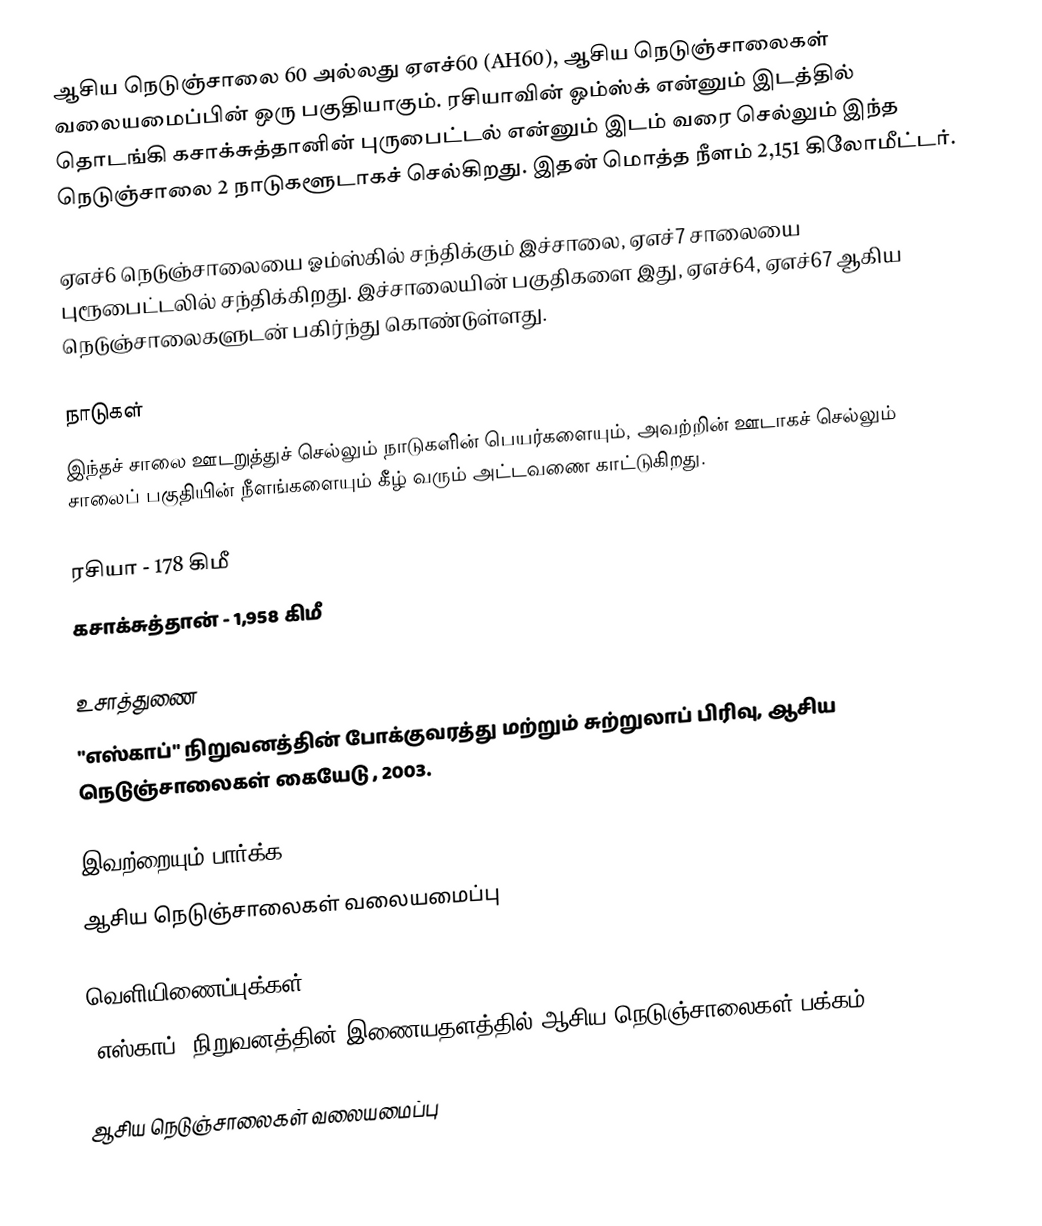
ஆசிய நெடுஞ்சாலை 60 அல்லது ஏஎச்60 (AH60), ஆசிய நெடுஞ்சாலைகள் வலையமைப்பின் ஒரு பகுதியாகும். ரசியாவின் ஓம்ஸ்க் என்னும் இடத்தில் தொடங்கி கசாக்சுத்தானின் புருபைட்டல் என்னும் இடம் வரை செல்லும் இந்த நெடுஞ்சாலை 2 நாடுகளூடாகச் செல்கிறது. இதன் மொத்த நீளம் 2,151 கிலோமீட்டர்.

ஏஎச்6 நெடுஞ்சாலையை ஓம்ஸ்கில் சந்திக்கும் இச்சாலை, ஏஎச்7 சாலையை புரூபைட்டலில் சந்திக்கிறது. இச்சாலையின் பகுதிகளை இது, ஏஎச்64, ஏஎச்67 ஆகிய நெடுஞ்சாலைகளுடன் பகிர்ந்து கொண்டுள்ளது.

நாடுகள்
இந்தச் சாலை ஊடறுத்துச் செல்லும் நாடுகளின் பெயர்களையும், அவற்றின் ஊடாகச் செல்லும் சாலைப் பகுதியின் நீளங்களையும் கீழ் வரும் அட்டவணை காட்டுகிறது.

 ரசியா - 178 கிமீ
 கசாக்சுத்தான் - 1,958 கிமீ

உசாத்துணை
 "எஸ்காப்" நிறுவனத்தின் போக்குவரத்து மற்றும் சுற்றுலாப் பிரிவு, ஆசிய நெடுஞ்சாலைகள் கையேடு , 2003.

இவற்றையும் பார்க்க
 ஆசிய நெடுஞ்சாலைகள் வலையமைப்பு

வெளியிணைப்புக்கள்
 "எஸ்காப்" நிறுவனத்தின் இணையதளத்தில் ஆசிய நெடுஞ்சாலைகள் பக்கம்

 ஆசிய நெடுஞ்சாலைகள் வலையமைப்பு